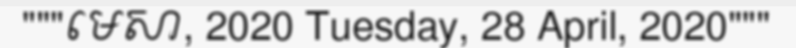
"""មេសា, 2020 Tuesday, 28 April, 2020"""